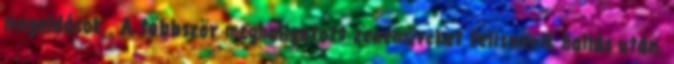
megoldások . A többször meghallgatott zeneműveket felismerik hallás után.